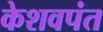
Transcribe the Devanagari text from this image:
केशवपंत